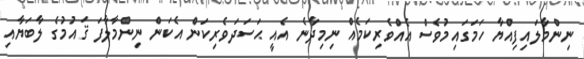
ނިންމާލައިފިއްޔާ ހަމަގައިމުވެސް އެއްވެރިކަމެއް ނިމިދާނެ އެއީ ޙަސަދަވެރިކަން އެކަން ނިންމާލާފަ ޤައުމުގެ ލާބަޔާއި